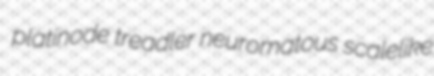
platinode treadler neuromatous scalelike